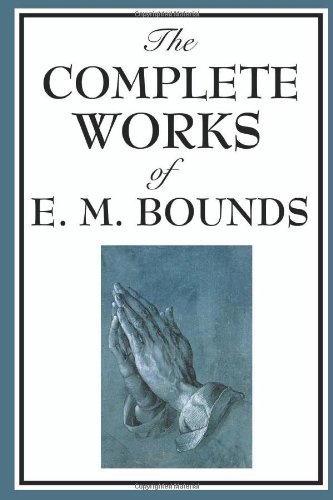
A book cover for The Complete Works of E. M. Bounds: Power Through Prayer, Prayer and Praying Men, The Essentials of Prayer, The Necessity of Prayer, The Possibilities ... Purpose in Prayer, The Weapon of Prayer; E. M. Bounds; Religion & Spirituality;